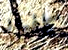
كافيار